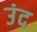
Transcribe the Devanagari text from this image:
उंद